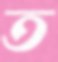
ত